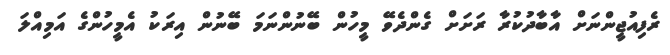
ރެފިއުޖީންނަށް އާބާދުކުރާ ރަށަށް ގެންދެވޭ މީހުން ބޭނުންނަމަ ބޭނުން އިރަކު އެމީހުންގެ އަމިއްލަ